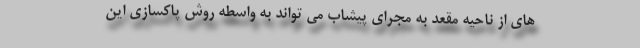
های از ناحیه مقعد به مجرای پیشاب می تواند به واسطه روش پاکسازی این